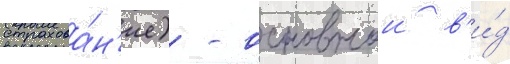
страхова́н'ие) - основнои в'и́д